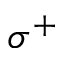
\sigma ^ { + }